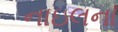
નાઇલના